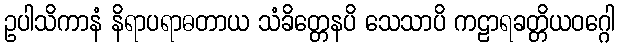
ဥပါသိကာနံ နိရာပရာဓတာယ သံခိတ္တေနပိ သေသာပိ ကဠာရခတ္တိယဝဂ္ဂေါ